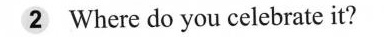
2 Where do you celebrate it?